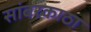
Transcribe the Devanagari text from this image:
सांबरकाठा